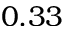
0 . 3 3